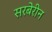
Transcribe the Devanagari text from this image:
सरबेरीन